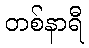
တစ်နာရီ